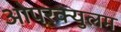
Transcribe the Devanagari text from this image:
ओपरक्युलम